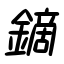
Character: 鏑